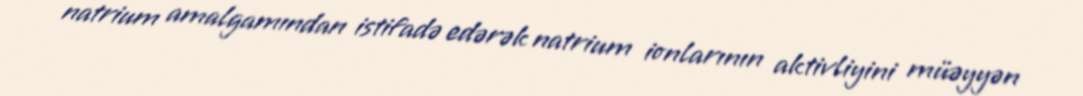
natrium amalgamından istifadə edərək natrium ionlarının aktivliyini müəyyən